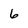
Character: 6